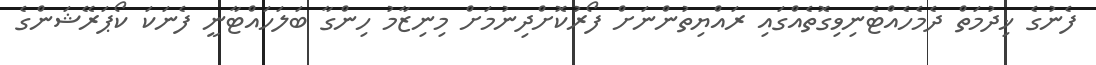
ފެނުގެ ޚިދުމަތް ދެމެހެއްޓެނިވިގޮތެއްގައި ރައްޔިތުންނަށް ފޯރުކޮށްދިނުމަށް މިނިޒާމު ހިންގާ ބަލަހައްޓާނީ ފެނަކަ ކޯޕަރޭޝަންގެ